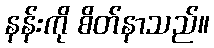
နန်းကို စိတ်နာသည်။